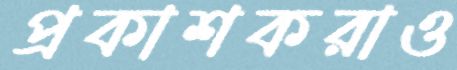
প্রকাশকরাও